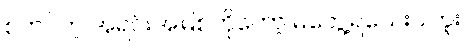
စတင်တဲ့ အရင်းအမြစ်ကိုတော့ မတွေ့ရသေးပါဘူး။